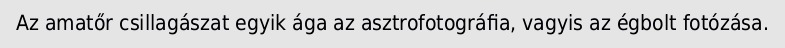
Az amatőr csillagászat egyik ága az asztrofotográfia, vagyis az égbolt fotózása.